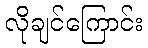
လိုချင်ကြောင်း